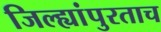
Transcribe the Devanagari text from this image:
जिल्ह्यांपुरताच